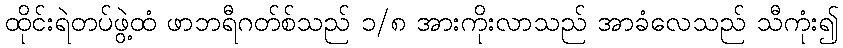
ထိုင်းရဲတပ်ဖွဲ့ထံ ဖာဘရီဂတ်စ်သည် ၁/၈ အားကိုးလာသည် အာခံလေသည် သီကုံး၍